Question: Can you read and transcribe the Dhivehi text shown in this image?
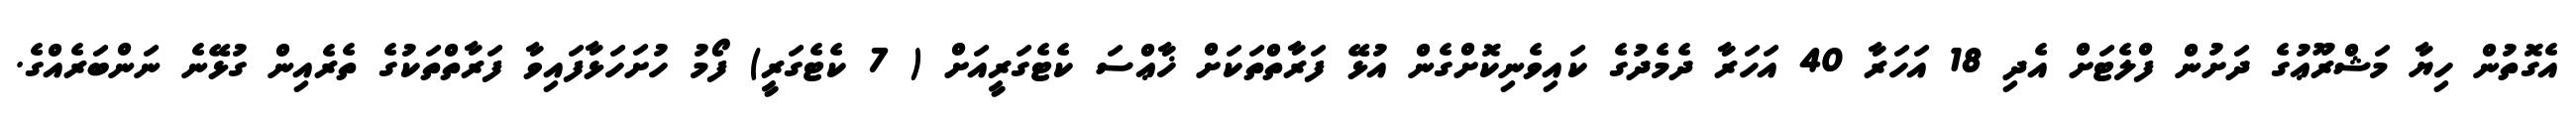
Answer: އެގޮތުން ހިޔާ މަޝްރޫޢުގެ ދަށުން ފްލެޓަށް އެދި 18 އަހަރާ 40 އަހަރާ ދެމެދުގެ ކައިވެނިކޮށްގެން އުޅޭ ފަރާތްތަކަށް ޚާޢްސަ ކެޓެގަރީއަށް ( 7 ކެޓެގަރީ) ފޯމު ހުށަހަޅާފައިވާ ފަރާތްތަކުގެ ތެރެއިން ގުޅޭނެ ނަންބަރެއްގެ.